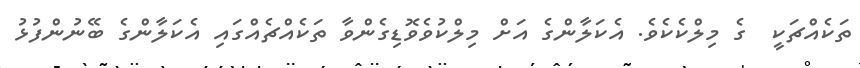
ތަކެއްޗަކީ  ގެ މިލްކެކެވެ. އެކަލާންގެ އަށް މިލްކުވެވޮޑިގެންވާ ތަކެއްޗެއްގައި އެކަލާންގެ ބޭނުންފުޅު